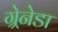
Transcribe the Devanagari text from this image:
ग्र्रेनेडा